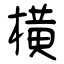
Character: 横